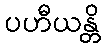
ပဟီယန္တိ